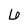
Character: 6